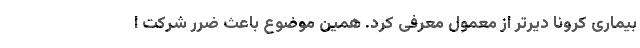
بیماری کرونا دیرتر از معمول معرفی کرد. همین موضوع باعث ضرر شرکت ا